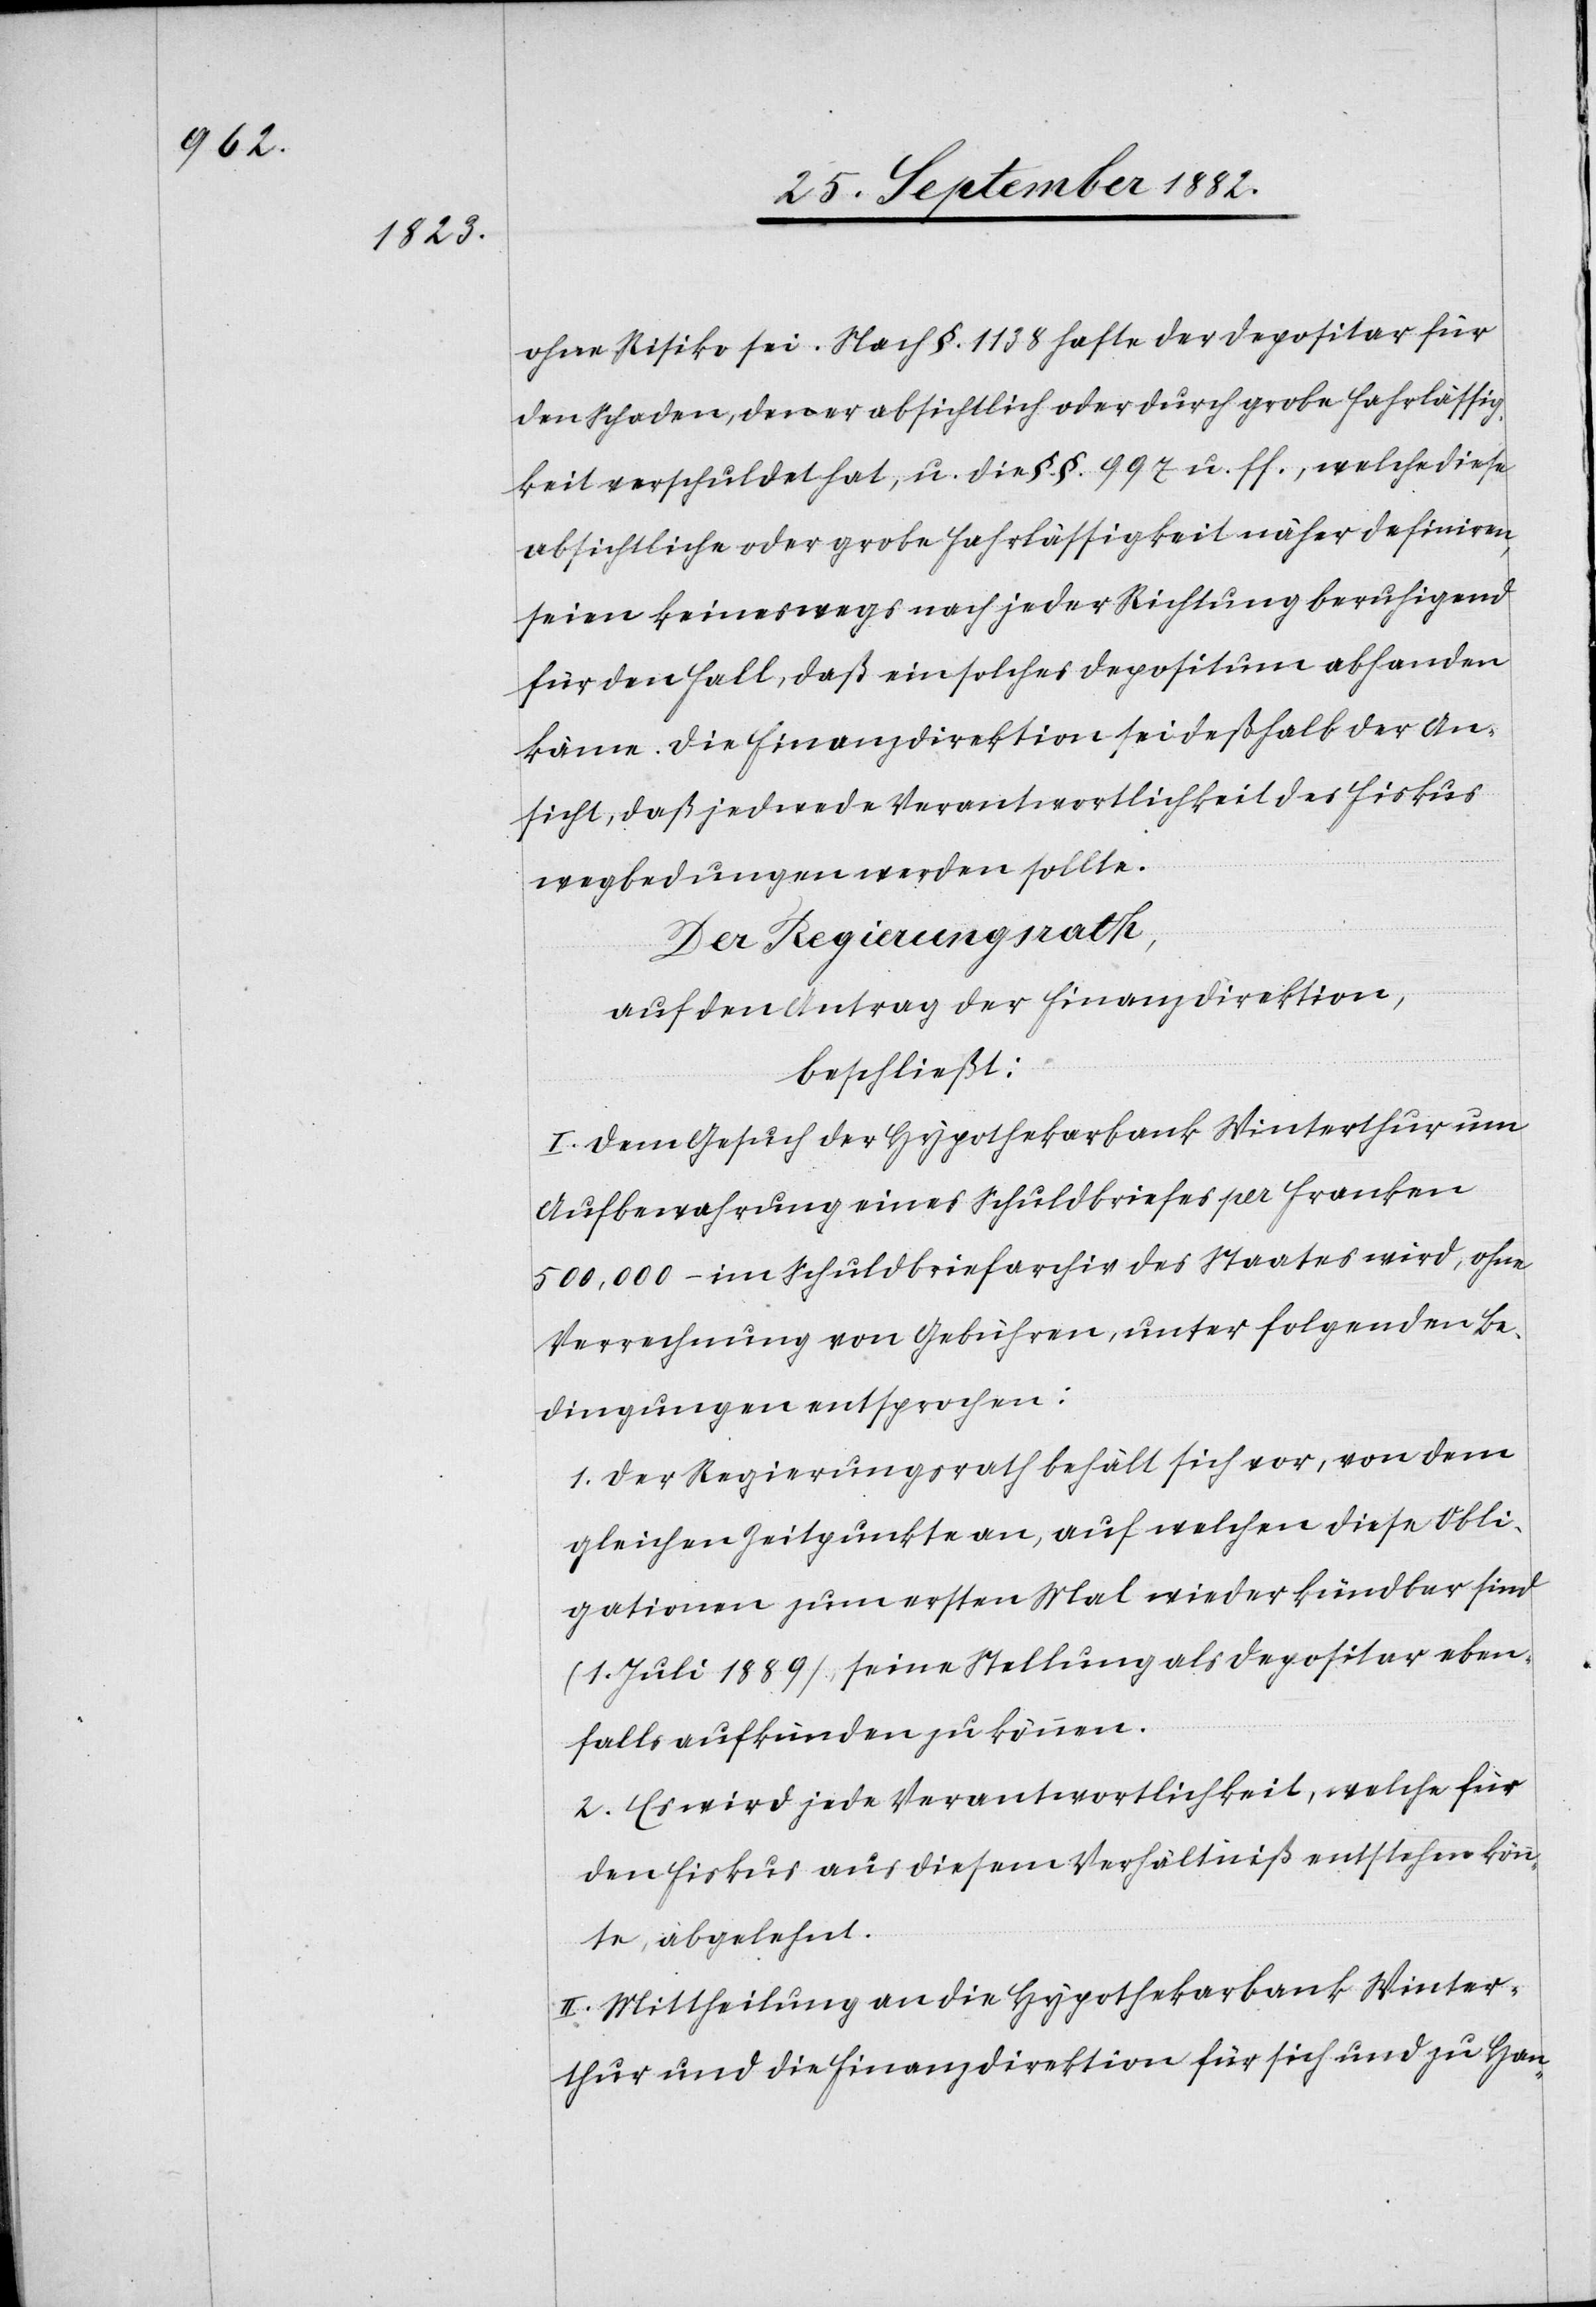
ohne Risiko sei. Nach §. 1138 hafte der Depositar für
den Schaden, den er absichtlich oder durch grobe Fahrlässig¬
keit verschuldet hat, u. die §. §. 997 u. ff., welche diese
absichtliche oder grobe Fahrlässigkeit näher definiren,
seien keineswegs nach jeder Richtung beruhigend
für den Fall, daß ein solches Depositum abhanden
käme. Die Finanzdirektion sei deßhalb der An¬
sicht, daß jedwede Verantwortlichkeit des Fiskus
wegbedungen werden sollte.
Der Regierungsrath,
auf den Antrag der Finanzdirektion,
beschließt:
I. Dem Gesuch der Hypothekarbank Winterthur um
Aufbewahrung eines Schuldbriefes per Franken
500,000 – im Schuldbriefarchiv des Staates wird, ohne
Verrechnung von Gebühren, unter folgenden Be¬
dingungen entsprochen:
1. Der Regierungsrath behält sich vor, von dem
gleichen Zeitpunkt an, auf welchen diese Obli¬
gationen zum ersten Mal wieder kündbar sind
(1. Juli 1889) seine Stellung als Depositar eben¬
falls aufkünden zu können.
2. Es wird jede Verantwortlichkeit, welche für
den Fiskus aus diesem Verhältniß entstehen könn¬
te, abgelehnt.
II. Mittheilung an die Hypothekarbank Winter¬
thur und die Finanzdirektion für sich und zu Han-